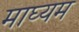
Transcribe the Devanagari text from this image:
माघ्‍यम